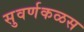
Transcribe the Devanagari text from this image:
सुवर्णकळस